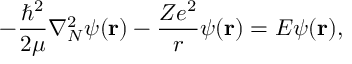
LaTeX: - \frac { \hbar ^ { 2 } } { 2 \mu } \nabla _ { N } ^ { 2 } \psi ( { \bf r } ) - \frac { Z e ^ { 2 } } { r } \psi ( { \bf r } ) = E \psi ( { \bf r } ) ,